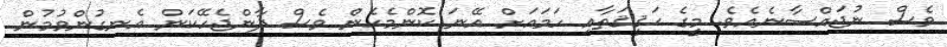
ވެސް ނުޖައްސާނެއެވެ. މީގެ ޙަޤީޤަތާއި ހަމައަށް އޭނަ ކޮންމެހެން ވެސް ދާންޖެހޭކަން އެނގުންވުމުން